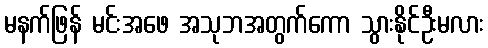
မနက်ဖြန် မင်းအဖေ အသုဘအတွက်ကော သွားနိုင်ဦးမလား